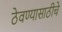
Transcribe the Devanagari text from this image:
ठेवण्यासाठीचे